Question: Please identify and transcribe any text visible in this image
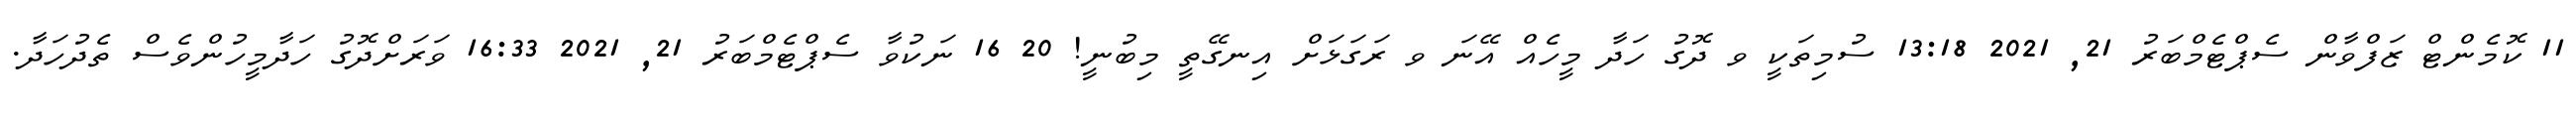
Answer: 11 ކޮމެންޓް ޒަފްވާން ސެޕްޓެމްބަރު 21, 2021 13:18 ސުމިތަކީ ވ ދޮގު ހަދާ މީހެއް އޭނަ ވ ރަގަޅަށް އިނގޭތީ މިބުނީ! 20 16 ނަކުވާ ސެޕްޓެމްބަރު 21, 2021 16:33 ވަރަށްދޮގު ހަދާމީހުންވެސް ތެދުހަދާ.